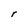
Character: r